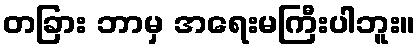
တခြား ဘာမှ အရေးမကြီးပါဘူး။